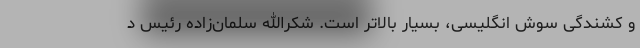
و کشندگی سوش انگلیسی، بسیار بالاتر است. شکرالله سلمان‌زاده رئیس د